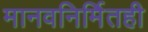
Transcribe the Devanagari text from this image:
मानवनिर्मितही